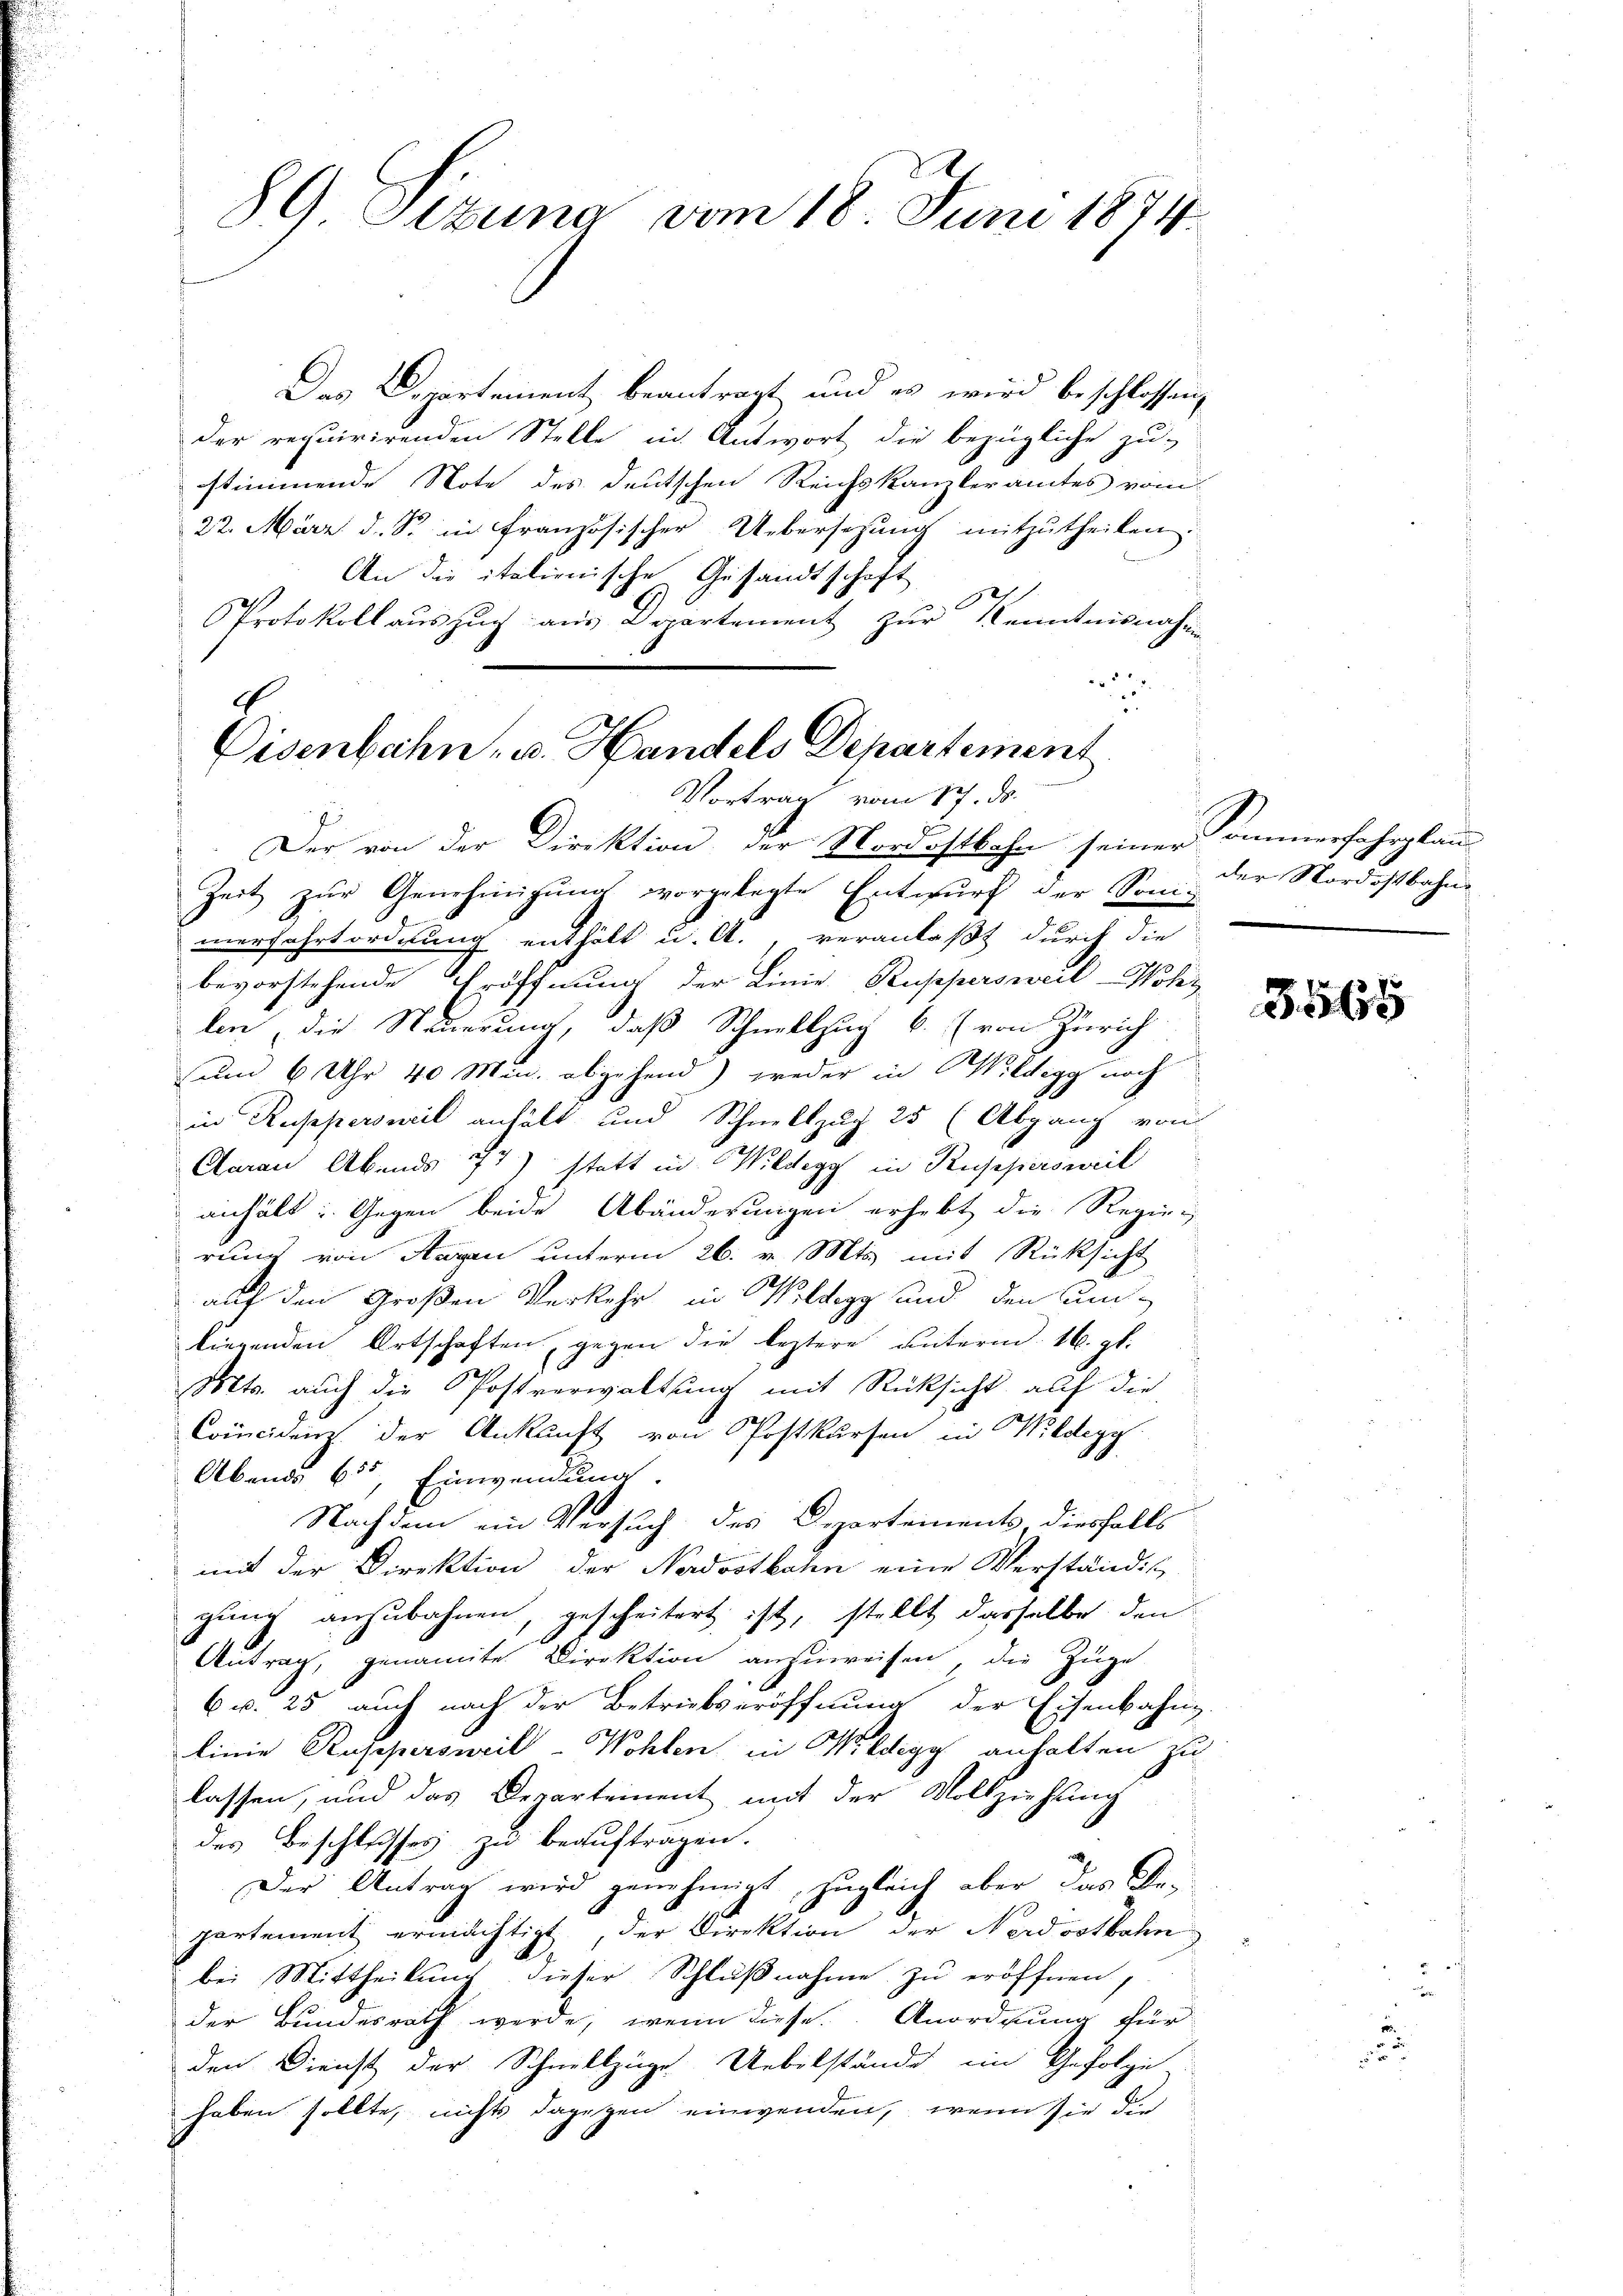
89. Ottung vom 18. Juni 1874.

Das Departement beantragt und es wird beschlossen,
der requirirenden Stelle in Antwort die bezügliche zu-
stimmende Note des deutschen Reichskanzleramtes vom
22. März d. S. in Französischer Uebersetzung mitzutheilen:
An die italienische Gesandtschaft
PProtokoll auszug aus Departement zur Kenntnisnahmen

E
Eisenbahn, u. Handels Departement

Vortrag vom 17. ds.
Der von der Direktion, der Nordostbahn seiner Immerfahrplau
Zeit zur Genehmigung vorgelegte Entwurf der Soni-

ierfahrtordnung enthält u. A., veranlaßt durch die
bevorstehende Eröffnung der Linie, Ruppersweil-Wohz
len, die Nederung, daß Schnellzug b. (von Zürich
um 6 Uhr 40 Min. abgehend) weder in Wildegg noch
in Ruppersweil anhält und Schnellzug 25 (Abgang von
Claran Abends 77) statt in Wildegg in Ruppersweil
anhält: Gegen beide Abänderungen erhebt die Regier
rung von Hagen unterm 26. v. Mts. mit Rücksicht
auf den Großen Verkehr in Wildegg und den An-
liegenden Ortschaften gegen die leztere unterm 16. gl.
d
Mts. auch die Postverwaltung mit Rücksicht auf die
Coccidein der Ankunft von Postkursen in Wildegg
Abends 655, Einwendung.
Nachdem ein Versuch des Departements diesfalls
mit der Direktion der Nordostbahn eine Verständis
gung anzubahnen, gescheitert ist, stellt dasselbe den
Antrag, genannte Direktion anzuweisen, die Zuge
6 u. 25 auch nach der Betriebseröffnung der Eisenbahn-
270
linie Ruppersweil-Wohlen in Wildegg anhalten zu
lassen, und das Departement mit der Vollziehung
des Beschlusses zu beauftragen.
Der Antrag wird genehmigt, zugleich aber das Be-
partement ermächtigt, der Direktion der Nordostbahn
bei Mittheilung dieser Schlußnahme zu eröffnen,
der Bundesrath werde, wenn diese Anordnung für
den Dienst der Schnellzüge Uebelstände ein Gefolge
haben sollte, nichts dagegen einwenden, wenn sie die

der Nordostbahn

3565